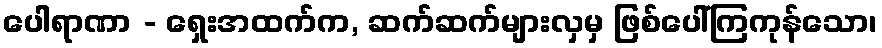
ပေါရာဏာ - ရှေးအထက်က, ဆက်ဆက်များလှမှ ဖြစ်ပေါ်ကြကုန်သော၊